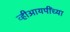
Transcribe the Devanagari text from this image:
व्हीआयपींच्या